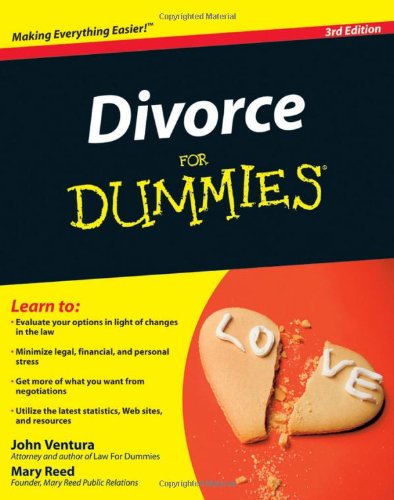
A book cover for Divorce For Dummies; John Ventura; Parenting & Relationships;